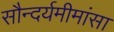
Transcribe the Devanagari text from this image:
सौन्दर्यमीमांसा